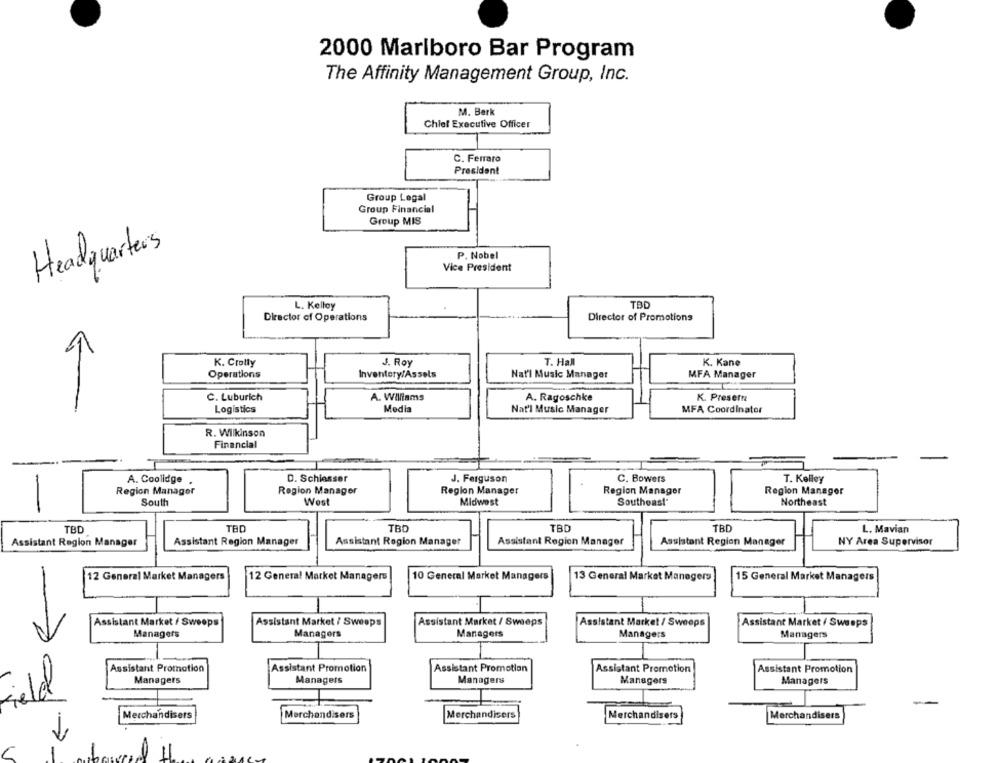
2000 Marlboro Bar Program
The Affinity Management Group, Inc.
M. Berk
Chief Executive Officer
C. Ferraro
President
Group Legal
Group Financial
Group MIS
Headquarters
P. Nobel
Vice President
L. Kelley
TBD
Director of Operations
Director of Promotions
K. Crolly
J. Roy
T. Hall
K. Kane
Operations
Inventory/Assets
Nat'l Music Manager
MFA Manager
C. Luburich
A. Williams
A. Ragoschke
K. Presern
Logistics
Media
Nat'l Music Manager
MFA Coordinator
R. Wilkinson
Financial
A. Coolidge .
D. Schiesser
J. Ferguson
C. Bowers
T. Kelley
Region Manager
Region Manager
Region Manager
Region Manager
Region Manager
South
West
Midwest
Southeast"
Northeast
TBD
TBD
TBD
TBD
TBD
L. Mavian
Assistant Region Manager
Assistant Region Manager
Assistant Region Manager
Assistant Region Manager
NY Area Supervisor
Assistant Region Manager
12 General Market Managers
12 General Market Managers
10 General Market Managers
13 General Market Managers
15 General Market Managers
Assistant Market / Sweeps
Assistant Market / Sweeps
Assistant Market / Sweeps
Assistant Market / Sweeps
Assistant Market / Sweeps
Managers
Managers
Managers
Managers
Managers
Assistant Promotion
Assistant Promotion
Assistant Promotion
Assistant Promotion
Assistant Promotion
Managers
Managers
Managers
Managers
Managers
Merchandisers
Merchandisers
Merchandisers
Merchandisers
Merchandisers